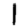
Digit: 1